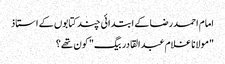
امام احمدرضا کے ابتدائی چند کتابوں کے استاذ
"مولانا غلام عبدالقادر بیگ" کون تھے؟